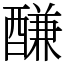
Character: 𨢑